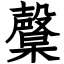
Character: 𣫙